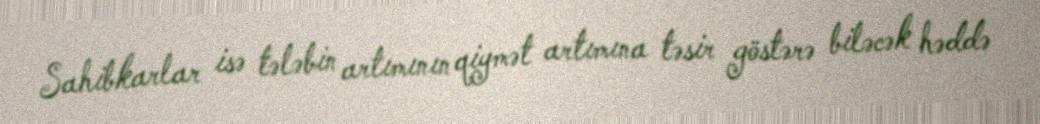
Sahibkarlar isə tələbin artımının qiymət artımına təsir göstərə biləcək həddə